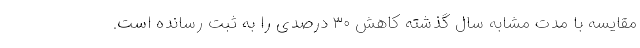
مقایسه با مدت مشابه سال گذشته کاهش ۳۰ درصدی را به ثبت رسانده است.